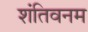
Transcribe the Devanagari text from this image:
शंतिवनम